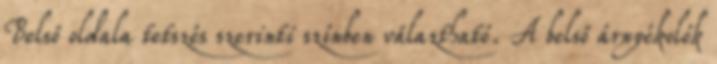
Belső oldala tetszés szerinti színben válaztható. A belső árnyékolók